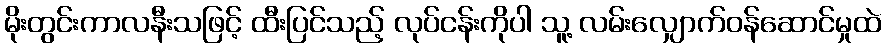
မိုးတွင်းကာလနီးသဖြင့် ထီးပြင်သည့် လုပ်ငန်းကိုပါ သူ့ လမ်းလျှောက်ဝန်ဆောင်မှုထဲ